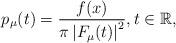
LaTeX: \begin{align*}p_{\mu}(t)=\frac{f(x)}{\pi\left|F_{\mu}(t)\right|^{2}},t\in\mathbb{R},\end{align*}